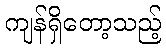
ကျန်ရှိတော့သည့်